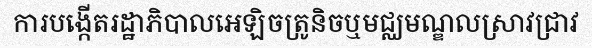
ការបង្កើតរដ្ឋាភិបាលអេឡិចត្រូនិចឬមជ្ឈមណ្ឌលស្រាវជ្រាវ